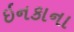
ઇનકાના